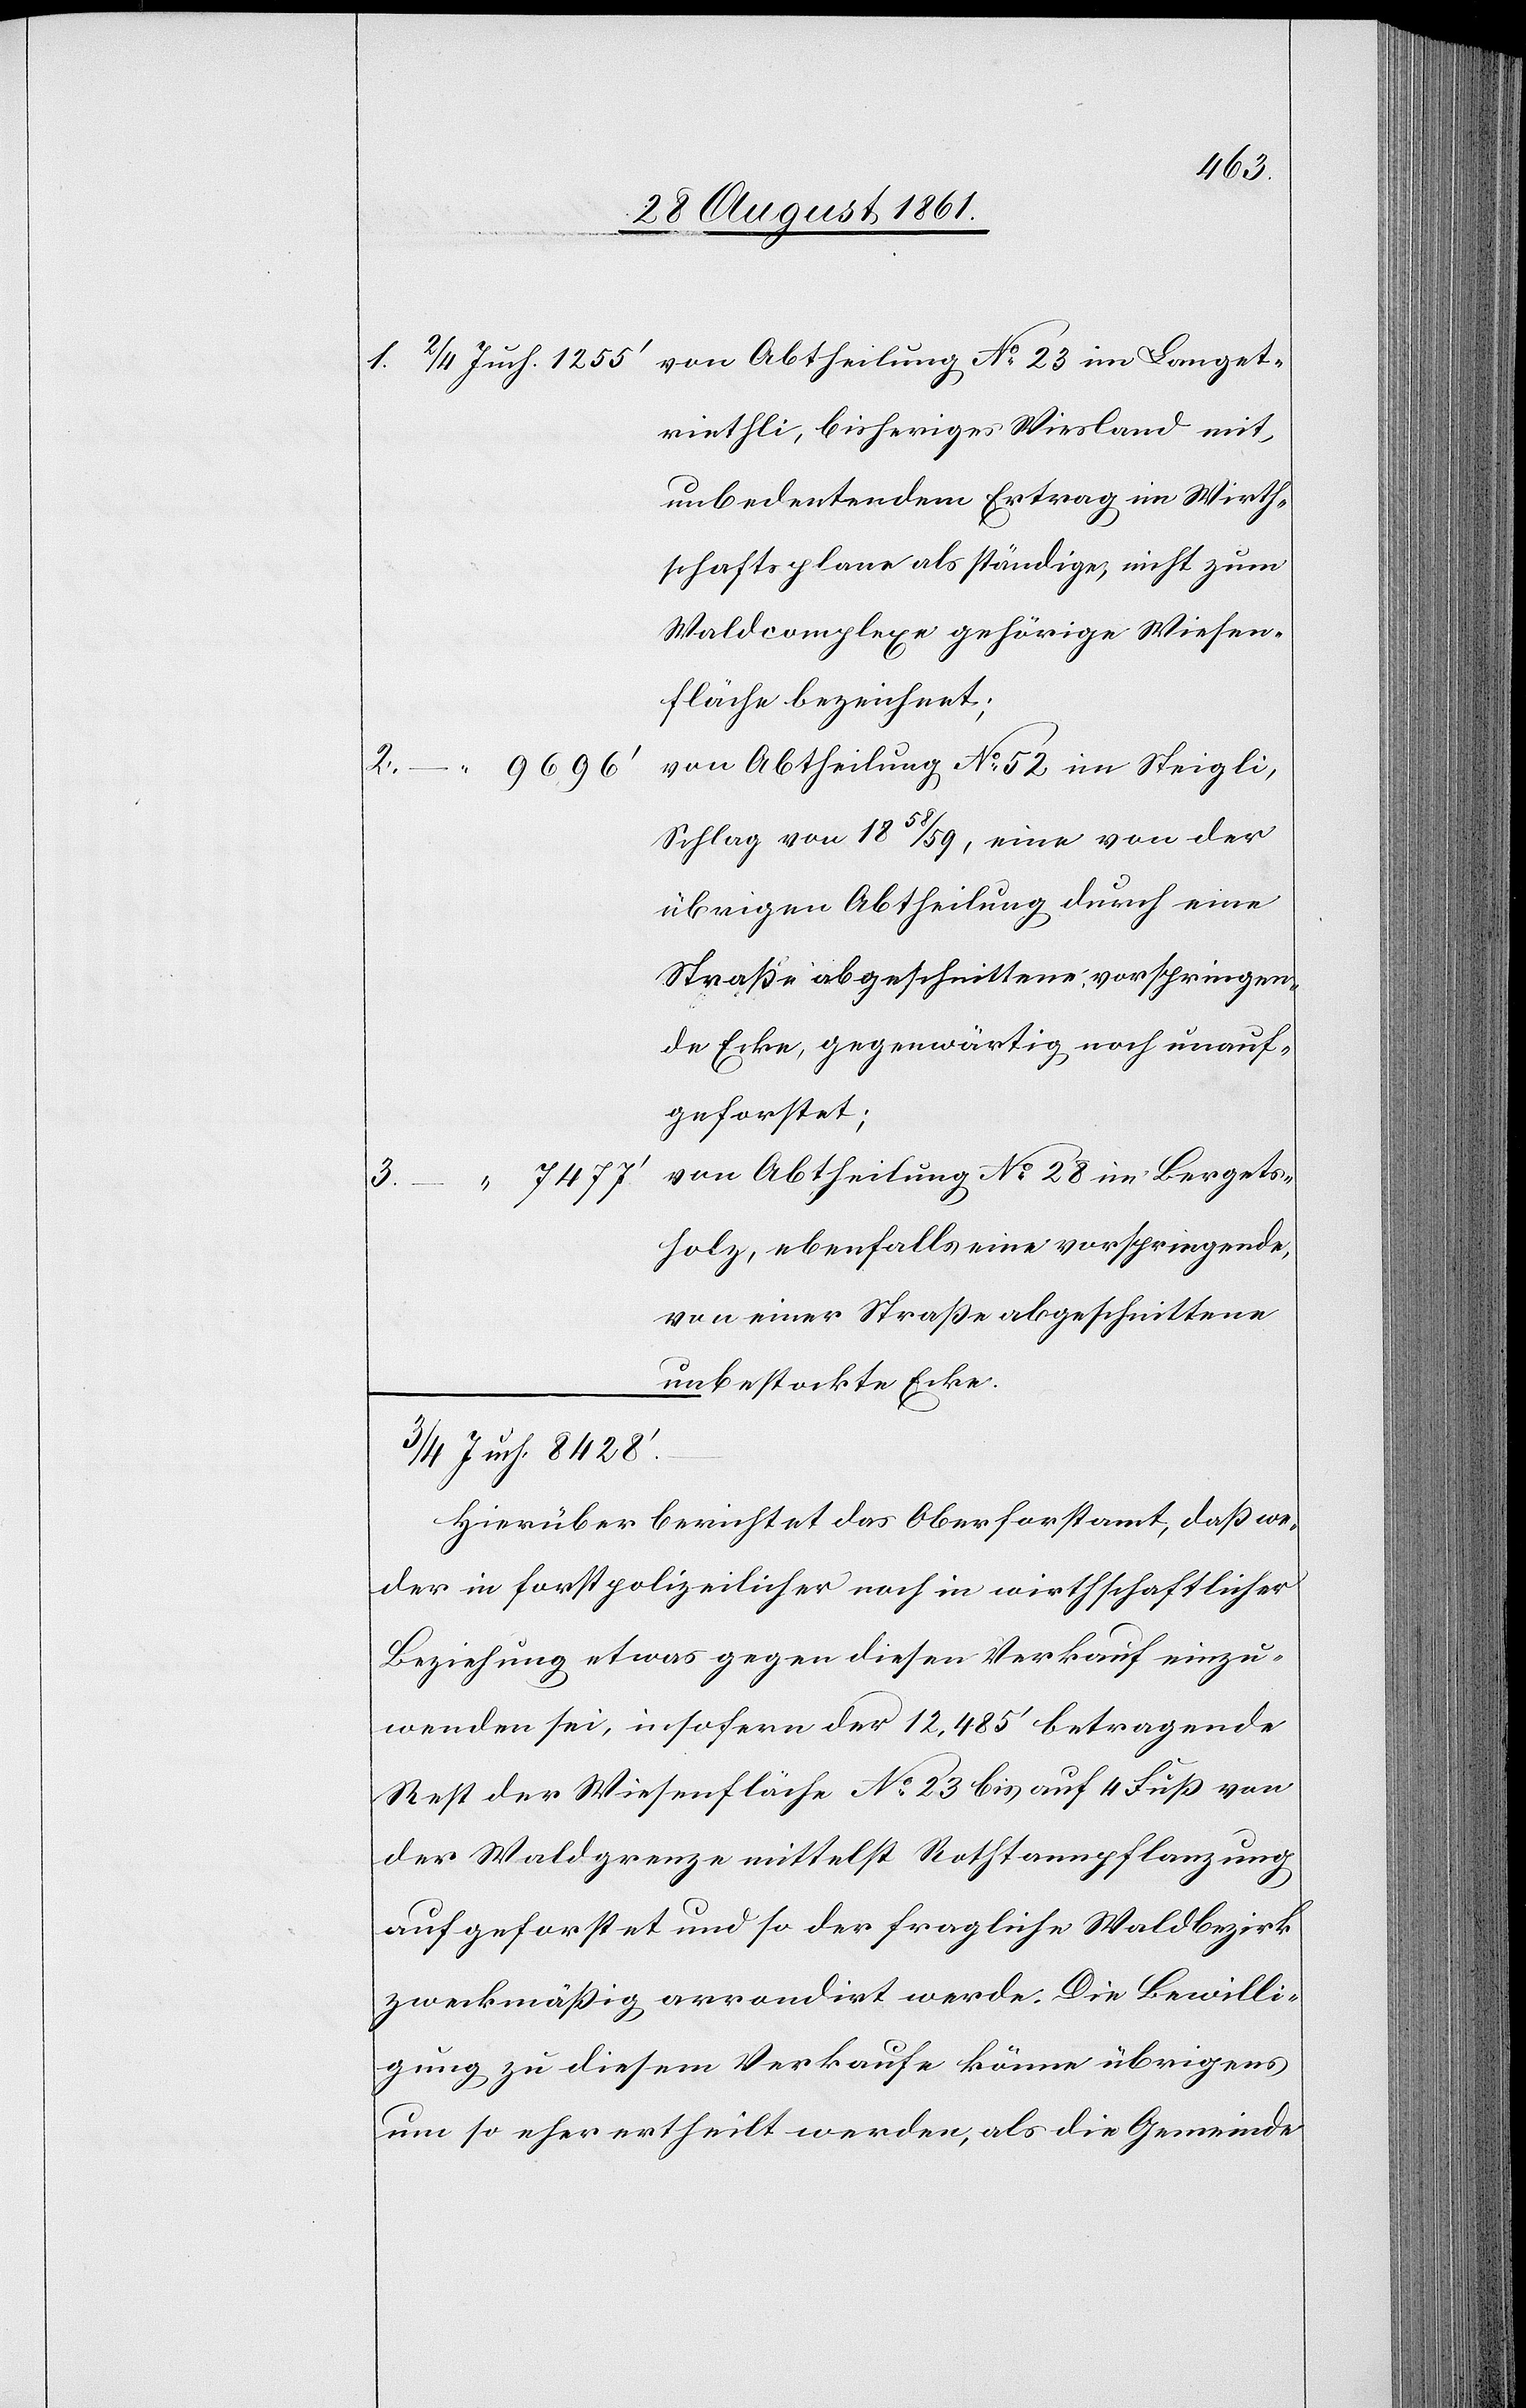
3.

9696’	v¬
1. 2/4 Juch. 1255’	von Abtheilung N° 23 im Langet¬
wiethli, bisheriges Wiesland mit
unbedeutendem Ertrag im Wirth¬
schaftsplane als ständige, nicht zum
Waldcomplexe gehörige Wiesen¬
fläche bezeichnet;
on Abtheilung N° 52 im Steigli,
Schlag von 18 58/59, eine von der
übrigen Abtheilung durch eine
Straße abgeschnittene vorspringende
Ecke, gegenwärtig noch unauf¬
geforstet;
on Abtheilung N° 28 im Bergets¬
7477’	v¬
holz, ebenfalls eine vorspringende,
von seiner Straße abgeschnittene
unbestockte Ecke.
3/4 Juch. 8428’.
Hierüber berichtet das Oberforstamt, daß we¬
der in forstpolizeilicher noch in wirthschaftlicher
Beziehung etwas gegen diesen Verkauf einzu¬
wenden sei, insofern der 12,485’ betragende
Rest der Wiesenfläche N° 23 bis auf 4 Fuß von
der Waldgrenze mittelst Rothtannpflanzung
aufgeforstet und so der fragliche Waldbezirk
zweckmäßig arrondirt werde. Die Bewilli¬
gung zu diesem Verkaufe könne übrigens
um so eher ertheilt werden, als die Gemeinde